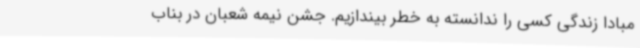
مبادا زندگی کسی را ندانسته به خطر بیندازیم. جشن نیمه‌ شعبان در بناب